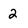
Character: 2